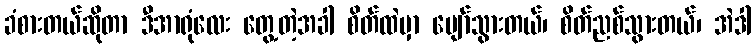
ခံစားတယ်ဆိုတာ ဒီအာရုံလေး တွေ့တဲ့အခါ စိတ်ထဲမှာ ပျော်သွားတယ်၊ စိတ်ညစ်သွားတယ်၊ အဲဒါ